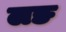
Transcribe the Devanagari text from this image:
लङ